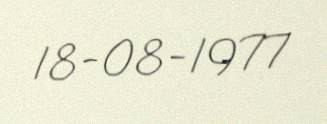
18-08-1977